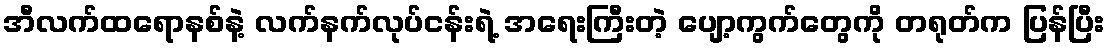
အီလက်ထရောနစ်နဲ့ လက်နက်လုပ်ငန်းရဲ့ အရေးကြီးတဲ့ ပျော့ကွက်တွေကို တရုတ်က ပြန်ပြီး